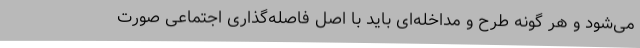
می‌شود و هر گونه طرح و مداخله‌ای باید با اصل فاصله‌گذاری اجتماعی صورت